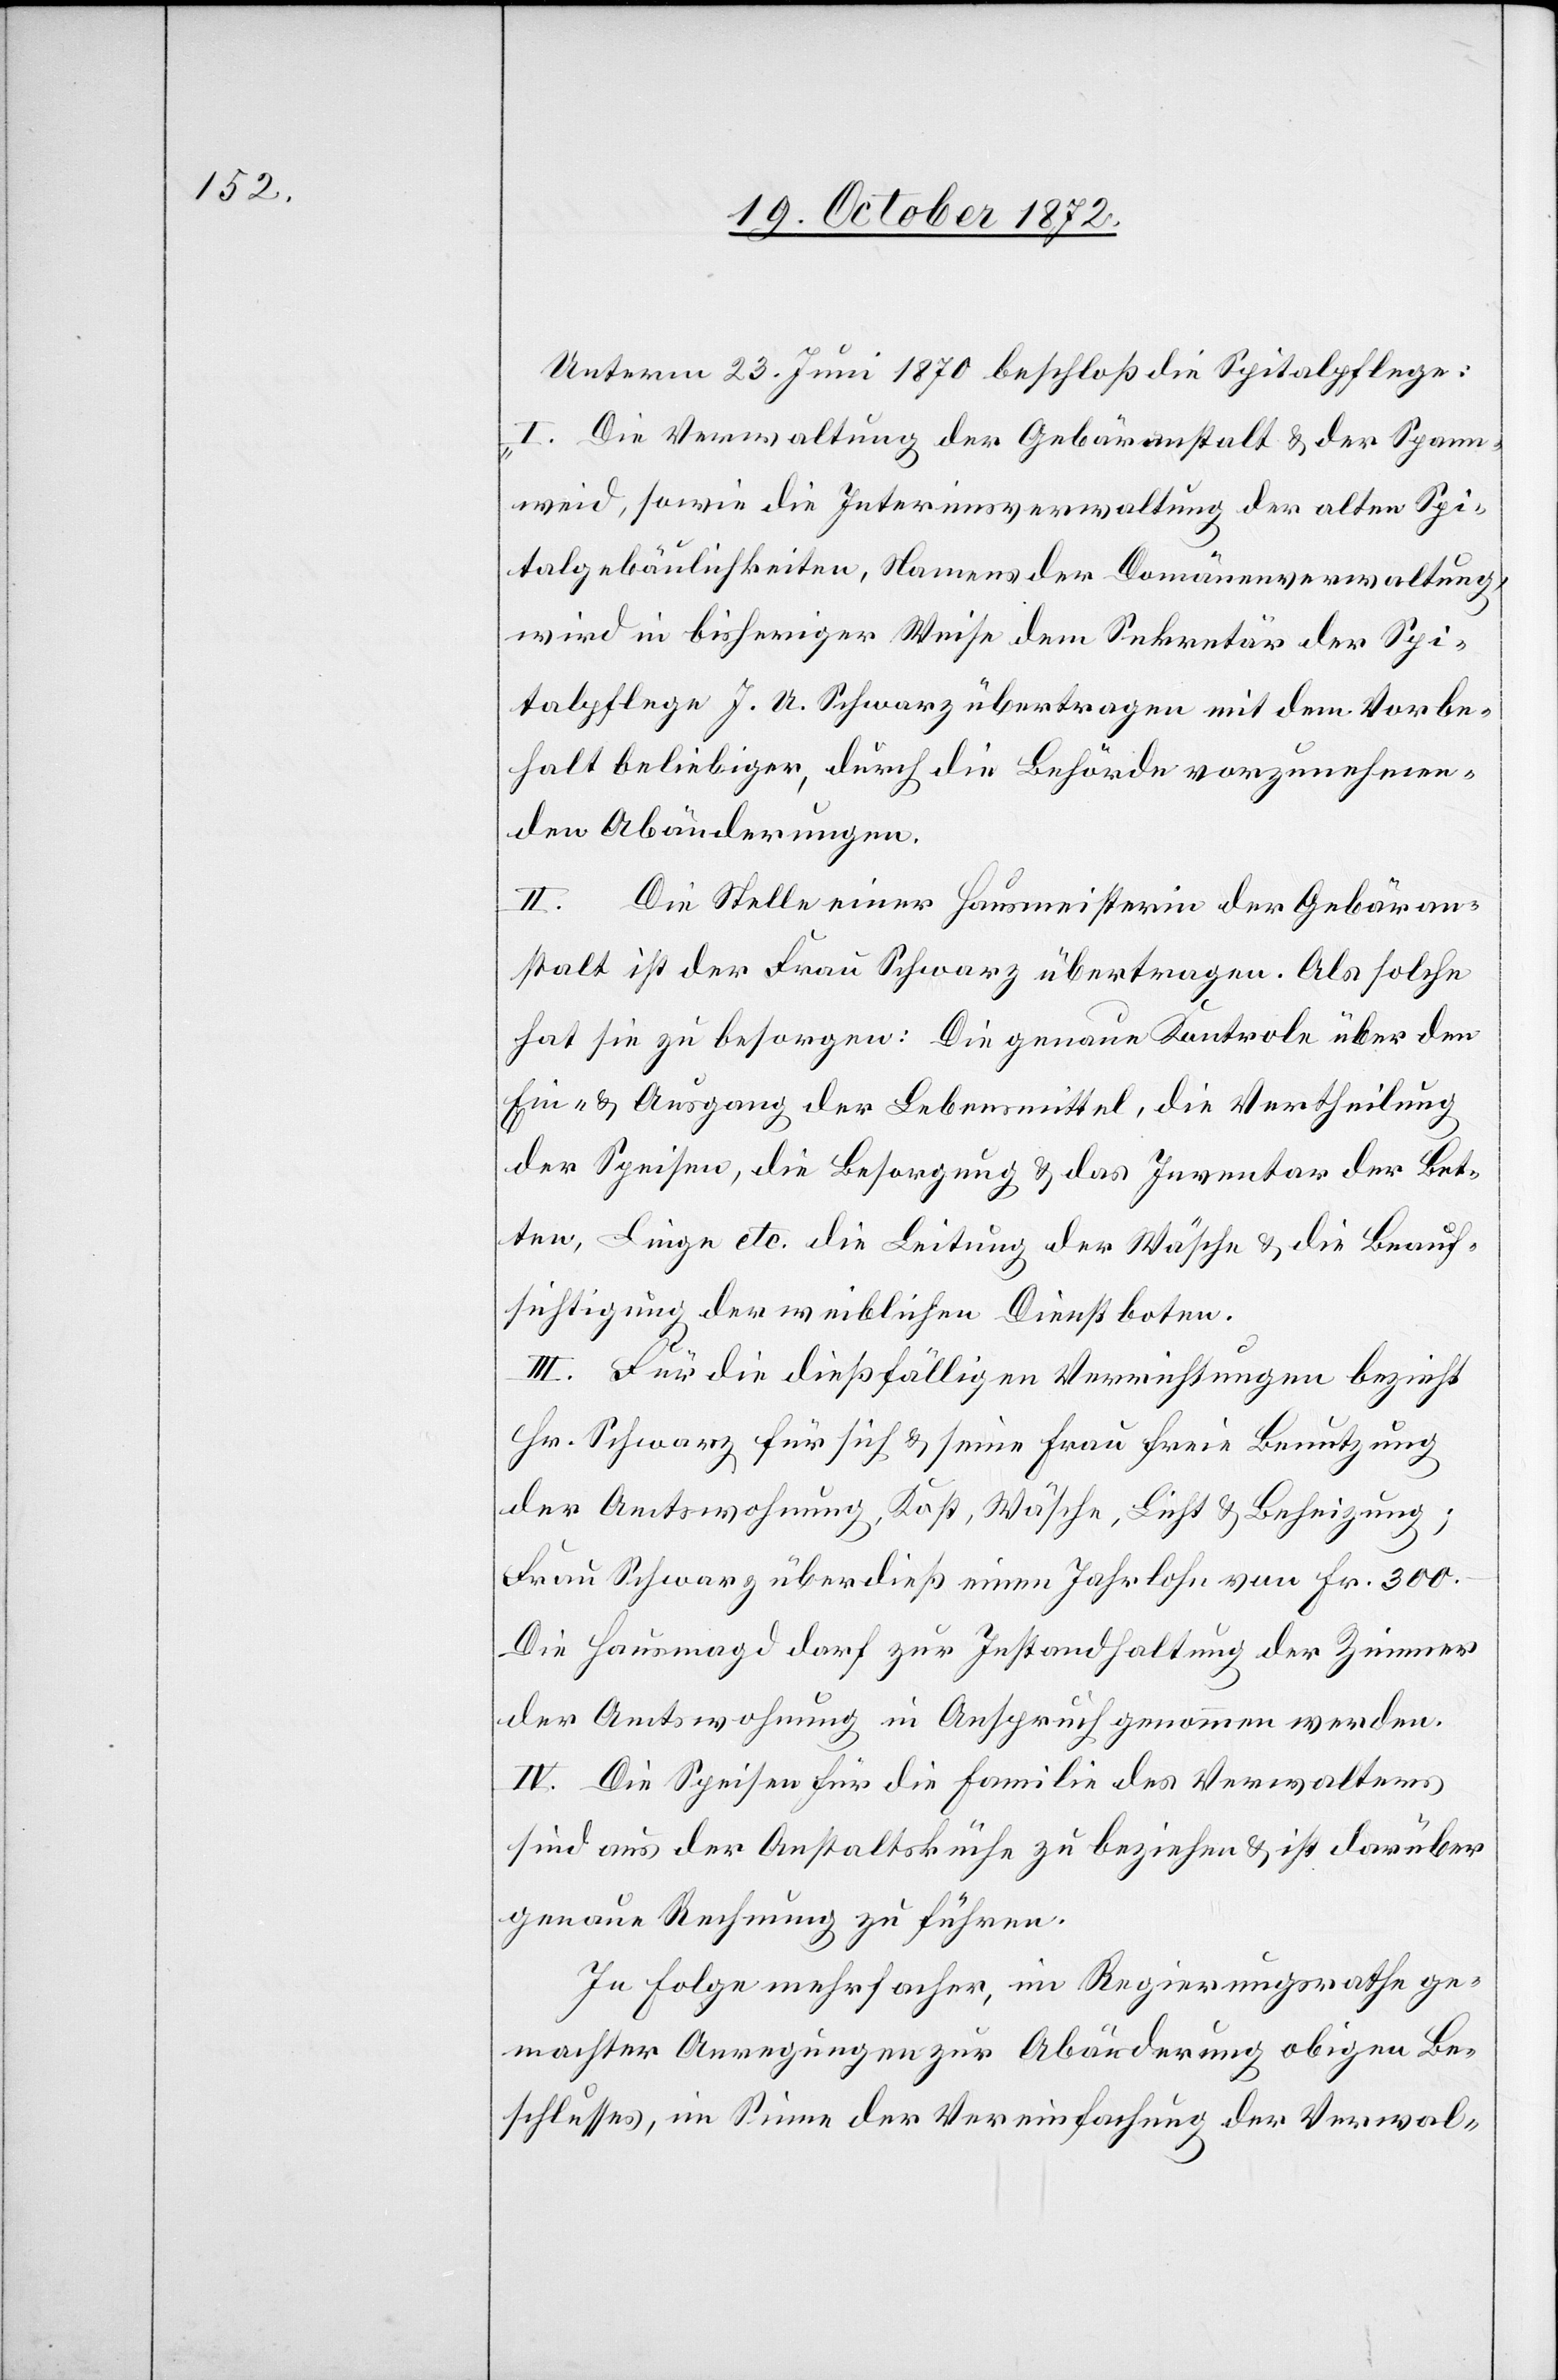
Unterm 23. Juni 1870 beschloß die Spitalpflege:
I. Die Verwaltung der Gebäranstalt u. der Spann¬
weid, sowie die Interimsverwaltung der alten Spi¬
talgebäulichkeiten, Namens der Domänenverwaltung,
wird in bisheriger Weise dem Sekretär der Spi¬
talpflege J. A. Schwarz übertragen mit dem Vorbe¬
halt beliebiger, durch die Behörde vorzunehmen¬
den Abänderungen.
II. Die Stelle einer Hausmeisterin der Gebäran¬
stalt ist der Frau Schwarz übertragen. Als solche
hat sie zu besorgen: Die genaue Kontrole über den
Ein- u. Ausgang der Lebensmittel, die Vertheilung
der Speisen, die Besorgung u. das Inventar der Bet¬
ten, Liege[n] etc. die Leitung der Wösche u. die Beauf¬
sichtigung der weiblichen Dienstboten.
III. Für die dießfälligen Verrichtungen bezieht
Hr. Schwarz für sich u. seine Frau freie Benutzung
der Amtswohnung, Kost, Wäsche, Licht u. Beheizung;
Frau Schwarz überdieß einen Jahrlohn von Fr. 300.
Die Hausmagd darf zur Instandhaltung der Zimmer
der Amtswohnung in Anspruch genommen werden.
IV. Die Speisen für die Familie des Verwalters
sind aus der Anstaltsküche zu beziehen u. ist darüber
genaue Rechnung zu führen.
In Folge mehrfacher, im Regierungsrathe ge¬
machter Anregungen zur Abänderung obigen Be¬
schlusses, im Sinne der Vereinfachung der Verwal-